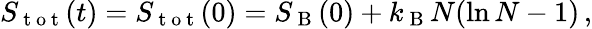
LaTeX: \begin{array}{r}{S_{\mathrm{~t~o~t~}}(t)=S_{\mathrm{~t~o~t~}}(0)=S_{\mathrm{~B~}}(0)+k_{\mathrm{~B~}}N(\ln N-1)\, ,}\end{array}